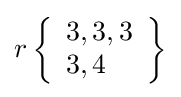
r\left\{{\begin{array}{l}3,3,3\\3,4\end{array}}\right\}